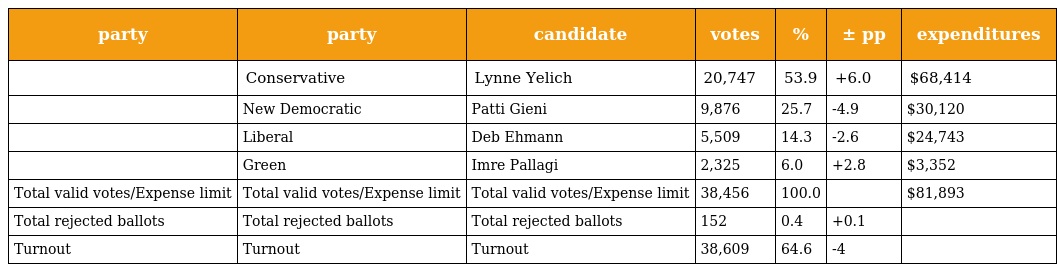
| party | party | candidate | votes | % | ± pp | expenditures |
 | --- | --- | --- | --- | --- | --- | --- |
 |  | Conservative | Lynne Yelich | 20,747 | 53.9 | +6.0 | $68,414 |
 |  | New Democratic | Patti Gieni | 9,876 | 25.7 | -4.9 | $30,120 |
 |  | Liberal | Deb Ehmann | 5,509 | 14.3 | -2.6 | $24,743 |
 |  | Green | Imre Pallagi | 2,325 | 6.0 | +2.8 | $3,352 |
 | Total valid votes/Expense limit | Total valid votes/Expense limit | Total valid votes/Expense limit | 38,456 | 100.0 |  | $81,893 |
 | Total rejected ballots | Total rejected ballots | Total rejected ballots | 152 | 0.4 | +0.1 |  |
 | Turnout | Turnout | Turnout | 38,609 | 64.6 | -4 |  |